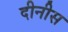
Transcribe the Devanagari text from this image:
दीनीस